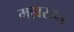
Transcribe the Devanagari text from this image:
महाराष्त्र